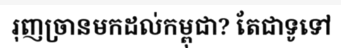
រុញច្រានមកដល់កម្ពុជា? តែជាទូទៅ